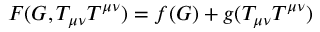
F ( G , T _ { \mu \nu } T ^ { \mu \nu } ) = f ( G ) + g ( T _ { \mu \nu } T ^ { \mu \nu } )